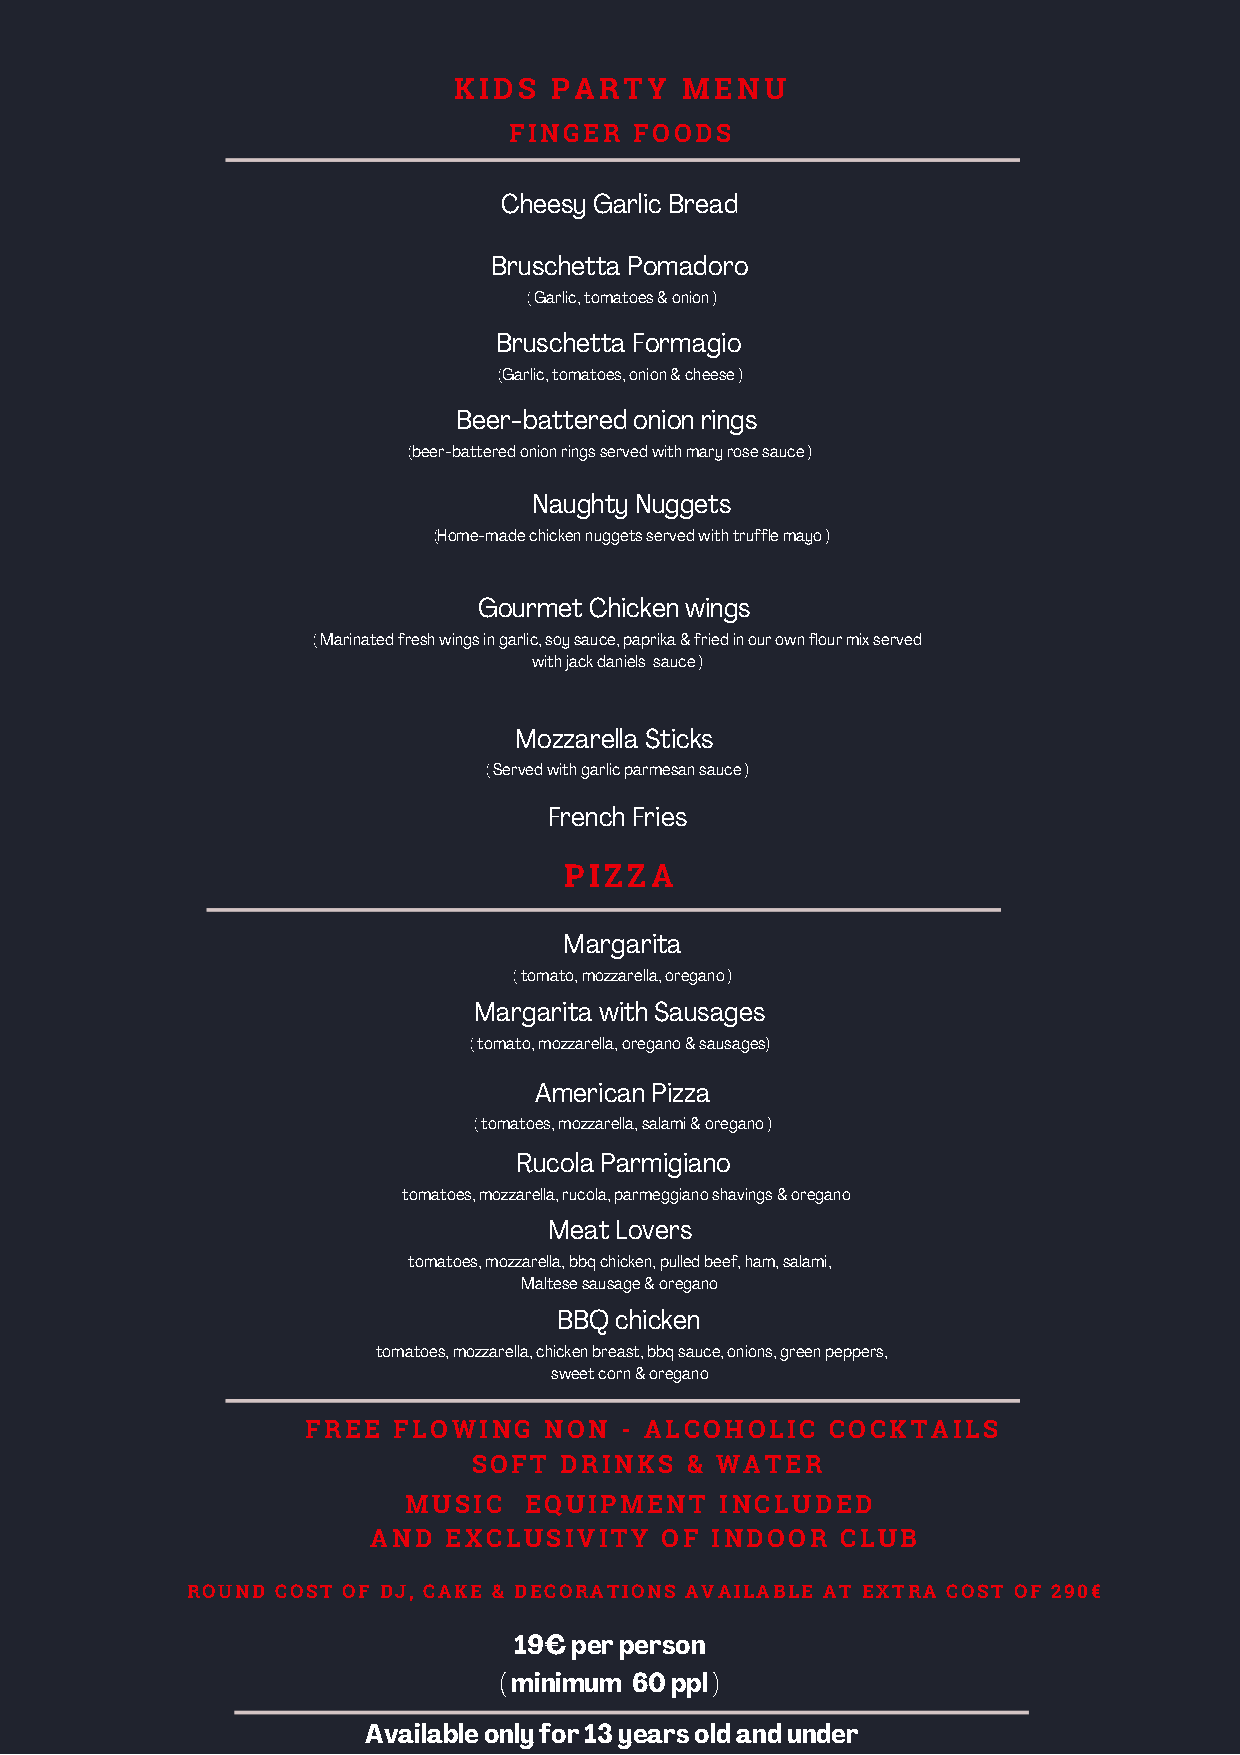
KIDS  PARTY    MENU
 FINGER  FOODS
 Cheesy Garlic Bread
 Bruschetta Pomadoro
 ( Garlic, tomatoes & onion )
 Bruschetta Formagio
 (Garlic, tomatoes, onion & cheese )
 Beer-battered onion rings
 (beer-battered onion rings served with mary rose sauce )
 Naughty Nuggets
 (Home-made chicken nuggets served with truffle mayo )
 Gourmet Chicken wings
 ( Marinated fresh wings in garlic, soy sauce, paprika & fried in our own flour mix served
 with jack daniels sauce )
 Mozzarella Sticks
 ( Served with garlic parmesan sauce )
 French Fries
 PIZZA
 Margarita
 ( tomato, mozzarella, oregano )
 Margarita with Sausages
 ( tomato, mozzarella, oregano & sausages)
 American Pizza
 ( tomatoes, mozzarella, salami & oregano )
 Rucola Parmigiano
 tomatoes, mozzarella, rucola, parmeggiano shavings & oregano
 Meat Lovers
 tomatoes, mozzarella, bbq chicken, pulled beef, ham, salami,
 Maltese sausage & oregano
 BBQ chicken
 tomatoes, mozzarella, chicken breast, bbq sauce, onions, green peppers,
 sweet corn & oregano
 FREE  FLOWING   NON  - ALCOHOLIC   COCKTAILS
 SOFT  DRINKS  & WATER
 MUSIC   EQUIPMENT    INCLUDED
 AND EXCLUSIVITY    OF INDOOR   CLUB
 ROUND COST OF DJ, CAKE & DECORATIONS AVAILABLE AT EXTRA COST OF 290€
 19€ per person
 ( minimum 60 ppl )
 Available only for 13 years old and under